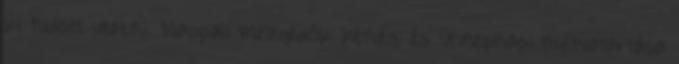
ki tudott utazni. Nappali melegedők hétvégi és ünnepnapi nyitvatartása